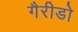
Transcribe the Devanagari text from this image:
गैरीडो